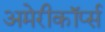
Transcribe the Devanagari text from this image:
अमेरीकॉर्प्स